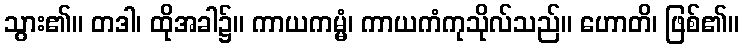
သွား၏။ တဒါ၊ ထိုအခါ၌။ ကာယကမ္မံ၊ ကာယကံကုသိုလ်သည်။ ဟောတိ၊ ဖြစ်၏။